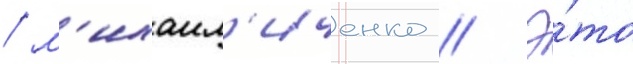
/ м'ихаил'иченко // Э́то